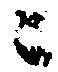
ニ